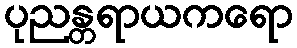
ပုညန္တရာယကရော